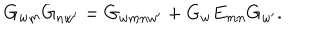
G _ { w m } G _ { n w ^ { \prime } } = G _ { w m n w ^ { \prime } } + G _ { w } E _ { m n } G _ { w ^ { \prime } } .